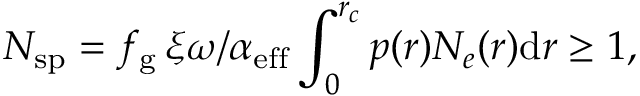
N _ { \mathrm { s p } } = f _ { \mathrm { g } } \, \xi \omega / \alpha _ { \mathrm { e f f } } \int _ { 0 } ^ { r _ { c } } p ( r ) N _ { e } ( r ) \mathrm { d } r \geq 1 ,